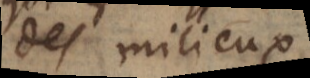
des milieux